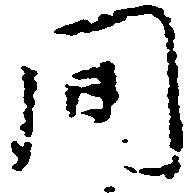
間